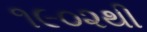
૧૯૦૨થી